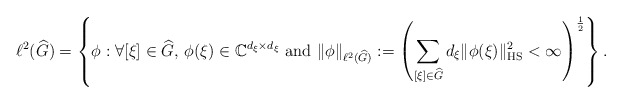
\begin{align*} \ell^2(\widehat{G})=\left\{\phi:\forall [\xi]\in \widehat{G},\,\phi(\xi)\in \mathbb{C}^{d_\xi\times d_\xi}\textnormal{ and }\Vert \phi\Vert_{\ell^2(\widehat{G})}:=\left(\sum_{[\xi]\in \widehat{G}}d_{\xi}\Vert\phi(\xi)\Vert_{\textnormal{HS}}^2<\infty\right)^{\frac{1}{2}} \right\}. \end{align*}